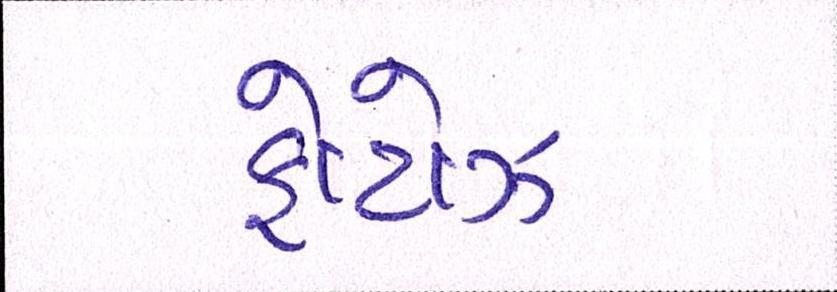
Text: ફોટોઝ